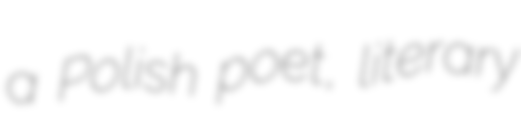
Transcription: a Polish poet, literary